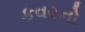
કવરનો